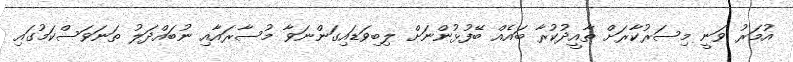
އުމަރު ވަނީ މިސަރުކާރަށް ތާއީދުކުރާ ބައެއް ބޭފުޅުންނަށް ލިބިވަޑައިގަންނަވާ މުސާރައާއި ނުބައްދަލު ތަނަވަސްކަމުގައި